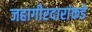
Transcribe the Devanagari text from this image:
जहागीरदारांकडे